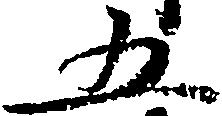
五